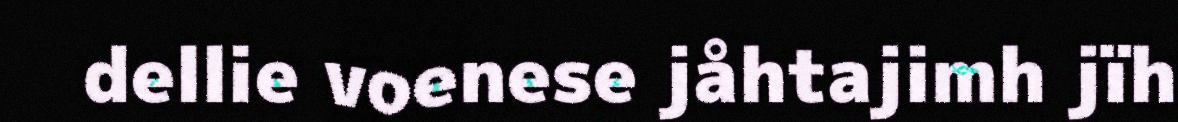
dellie voenese jåhtajimh jïh